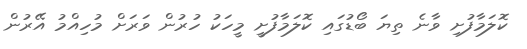
ކޮލަމާފުށި ވާނެ ތިޔަ ބޯޑުގައި ކޮލަމާފުށީ މީހަކު ހުރުން ވަރަށް މުހިއްމު އޭރުން